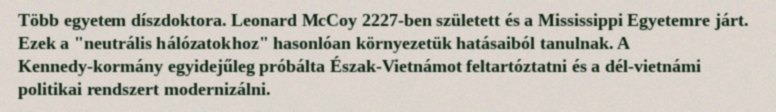
Több egyetem díszdoktora. Leonard McCoy 2227-ben született és a Mississippi Egyetemre járt. Ezek a "neutrális hálózatokhoz" hasonlóan környezetük hatásaiból tanulnak. A Kennedy-kormány egyidejűleg próbálta Észak-Vietnámot feltartóztatni és a dél-vietnámi politikai rendszert modernizálni.